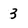
Character: 3